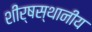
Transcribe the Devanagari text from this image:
शीर्षस्थानीय